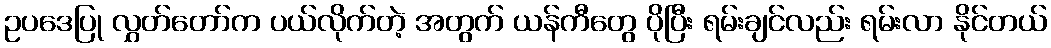
ဥပဒေပြု လွှတ်တော်က ပယ်လိုက်တဲ့ အတွက် ယန်ကီတွေ ပိုပြီး ရမ်းချင်လည်း ရမ်းလာ နိုင်တယ်